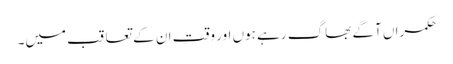
حکمراں آگے بھاگ رہے ہوں اور وقت ان کے تعاقب میں۔